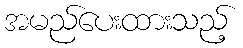
အမည်ပေးထားသည့်